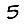
Digit: 5